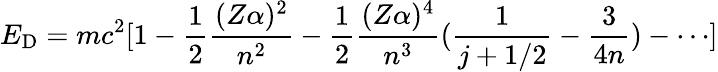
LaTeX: E_{\mathrm{D}}=mc^{2}[1-\frac{1}{2}\frac{(Z\alpha)^{2}}{n^{2}}-\frac{1}{2}\frac{(Z\alpha)^{4}}{n^{3}}(\frac{1}{j+1/2}-\frac{3}{4n})-\cdots]